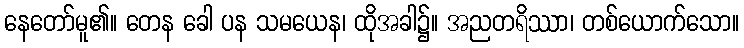
နေတော်မူ၏။ တေန ခေါ ပန သမယေန၊ ထိုအခါ၌။ အညတရိဿာ၊ တစ်ယောက်သော။